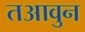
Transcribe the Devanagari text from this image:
तआवुन